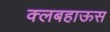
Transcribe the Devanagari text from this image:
क्लबहाऊस